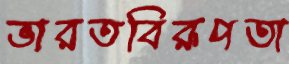
ভারতবিরূপতা